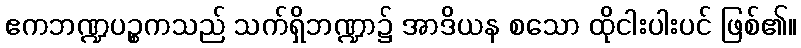
ဧကဘဏ္ဍပဉ္စကသည် သက်ရှိဘဏ္ဍာ၌ အာဒိယန စသော ထိုငါးပါးပင် ဖြစ်၏။